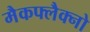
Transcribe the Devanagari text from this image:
मैकफ्लैक्नो